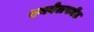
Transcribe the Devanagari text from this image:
एनवेलपमेंट